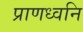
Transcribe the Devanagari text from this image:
प्राणध्वनि